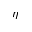
\eta